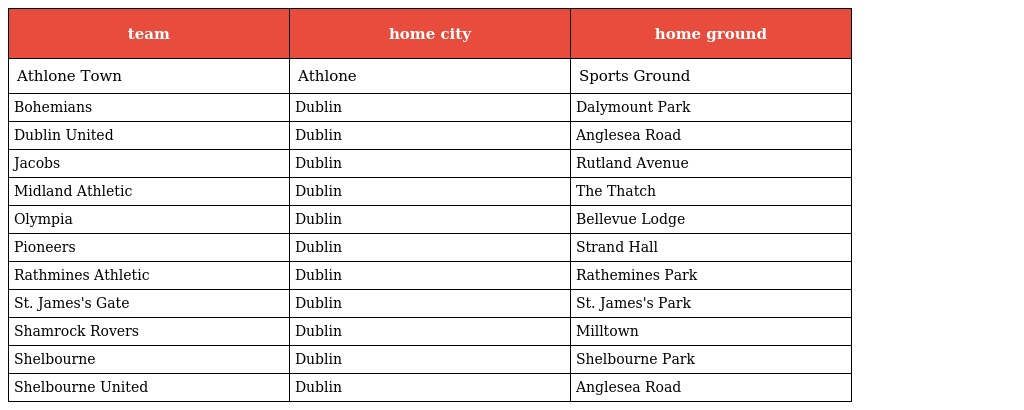
| team | home city | home ground |
 | --- | --- | --- |
 | Athlone Town | Athlone | Sports Ground |
 | Bohemians | Dublin | Dalymount Park |
 | Dublin United | Dublin | Anglesea Road |
 | Jacobs | Dublin | Rutland Avenue |
 | Midland Athletic | Dublin | The Thatch |
 | Olympia | Dublin | Bellevue Lodge |
 | Pioneers | Dublin | Strand Hall |
 | Rathmines Athletic | Dublin | Rathemines Park |
 | St. James's Gate | Dublin | St. James's Park |
 | Shamrock Rovers | Dublin | Milltown |
 | Shelbourne | Dublin | Shelbourne Park |
 | Shelbourne United | Dublin | Anglesea Road |